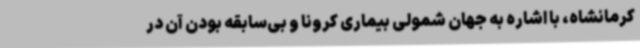
کرمانشاه، با اشاره به جهان شمولی بیماری کرونا و بی‌سابقه بودن آن در